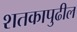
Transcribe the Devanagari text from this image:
शतकापुढील